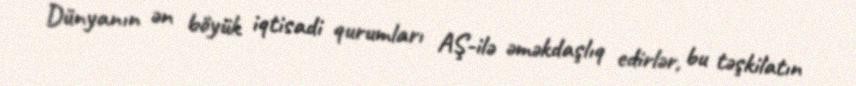
Dünyanın ən böyük iqtisadi qurumları AŞ-ilə əməkdaşlıq edirlər, bu təşkilatın